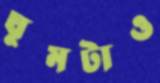
ঘুমটাও